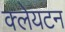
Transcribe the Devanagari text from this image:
क्लेयटन